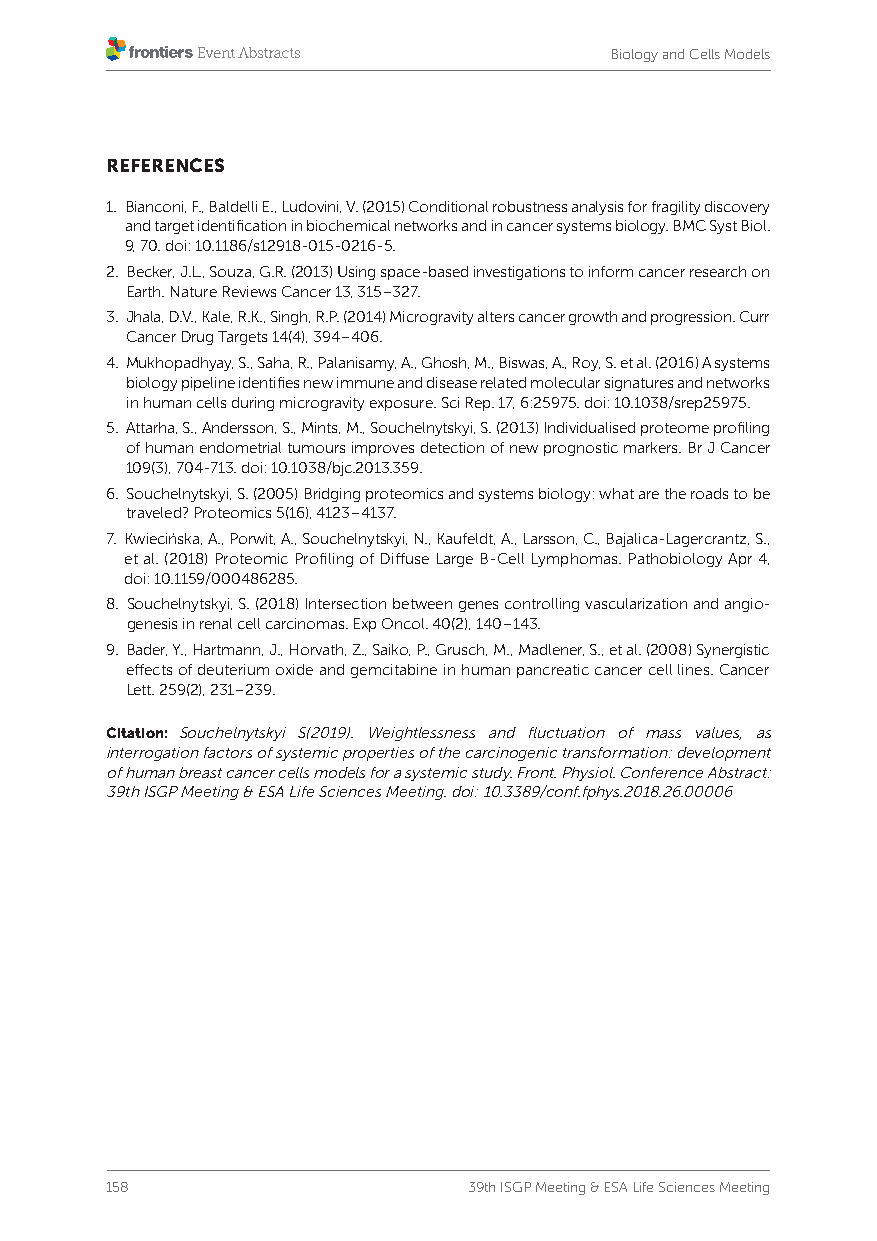
Biology and Cells Models
 REFERENCES
 1. Bianconi, F., Baldelli E., Ludovini, V. (2015) Conditional robustness analysis for fragility discovery
 and target identification in biochemical networks and in cancer systems biology. BMC Syst Biol.
 9, 70. doi: 10.1186/s12918-015-0216-5.
 2. Becker, J.L., Souza, G.R. (2013) Using space-based investigations to inform cancer research on
 Earth. Nature Reviews Cancer 13, 315–327.
 3. J hala, D.V., Kale, R.K., Singh, R.P. (2014) Microgravity alters cancer growth and progression. Curr
 Cancer Drug Targets 14(4), 394–406.
 4. Mukhopadhyay, S., Saha, R., Palanisamy, A., Ghosh, M., Biswas, A., Roy, S. et al. (2016) A systems
 biology pipeline identifies new immune and disease related molecular signatures and networks
 in human cells during microgravity exposure. Sci Rep. 17, 6:25975. doi: 10.1038/srep25975.
 5. Attarha, S., Andersson, S., Mints, M., Souchelnytskyi, S. (2013) Individualised proteome profiling
 of human endometrial tumours improves detection of new prognostic markers. Br J Cancer
 109(3), 704-713. doi: 10.1038/bjc.2013.359.
 6. Souchelnytskyi, S. (2005) Bridging proteomics and systems biology: what are the roads to be
 traveled? Proteomics 5(16), 4123–4137.
 7. Kwiecińska, A., Porwit, A., Souchelnytskyi, N., Kaufeldt, A., Larsson, C., Bajalica-Lagercrantz, S.,
 et al. (2018) Proteomic Profiling of Diffuse Large B-Cell Lymphomas. Pathobiology Apr 4,
 doi: 10.1159/000486285.
 8. Souchelnytskyi, S. (2018) Intersection between genes controlling vascularization and angio-
 genesis in renal cell carcinomas. Exp Oncol. 40(2), 140–143.
 9. Bader, Y., Hartmann, J., Horvath, Z., Saiko, P., Grusch, M., Madlener, S., et al. (2008) Synergistic
 effects of deuterium oxide and gemcitabine in human pancreatic cancer cell lines. Cancer
 Lett. 259(2), 231–239.
 Citation: Souchelnytskyi S(2019). Weightlessness and fluctuation of mass values, as
 interrogation factors of systemic properties of the carcinogenic transformation: development
 of human breast cancer cells models for a systemic study. Front. Physiol. Conference Abstract:
 39th ISGP Meeting & ESA Life Sciences Meeting. doi: 10.3389/conf.fphys.2018.26.00006
 158                     39th ISGP Meeting & ESA Life Sciences Meeting